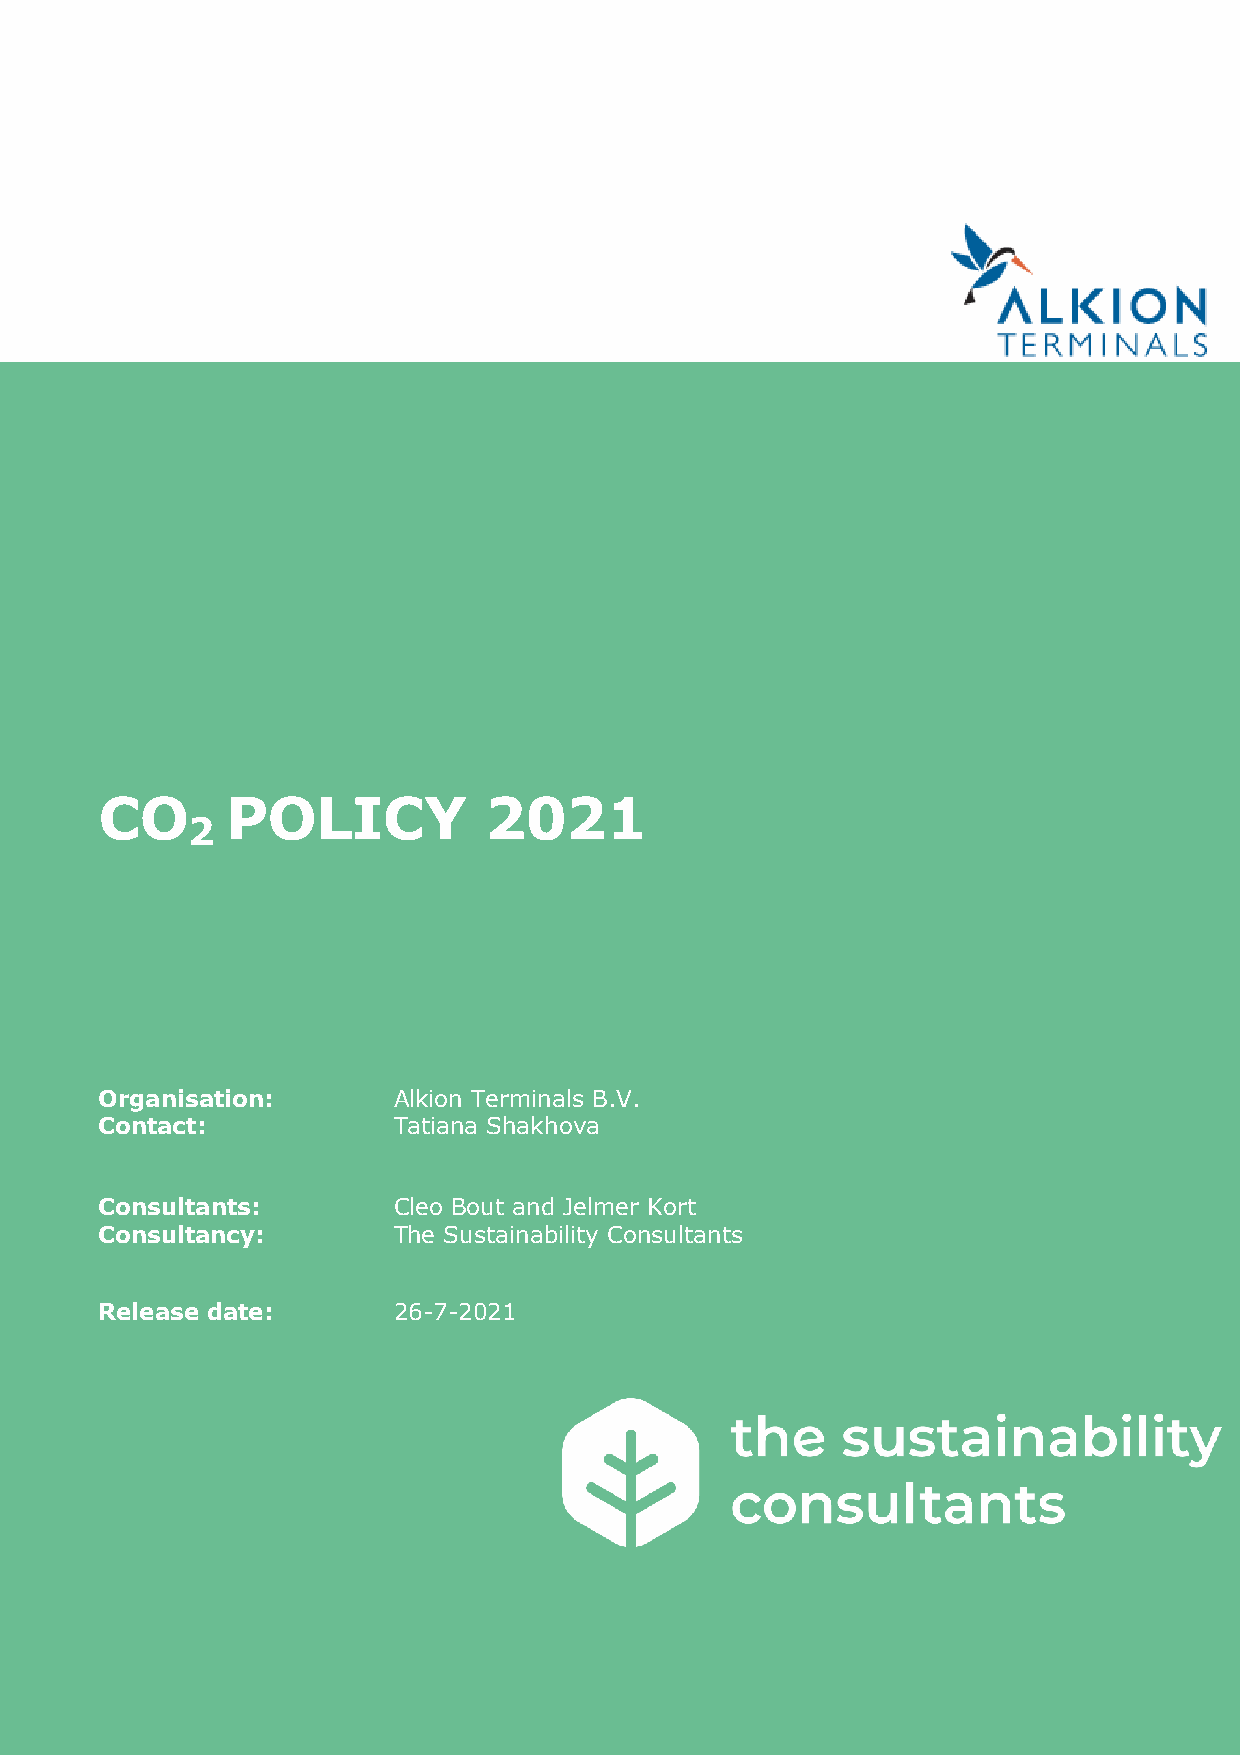
CO      POLICY           2021
 2
 Organisation:      Alkion Terminals B.V.
 Contact:           Tatiana Shakhova
 Consultants:       Cleo Bout and Jelmer Kort
 Consultancy:       The Sustainability Consultants
 Release date:      26-7-2021
 CO -Managementplan                                             1
 2